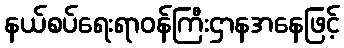
နယ်စပ်ရေးရာဝန်ကြီးဌာနအနေဖြင့်